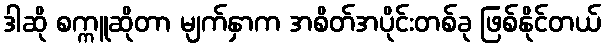
ဒါဆို စက္ကူဆိုတာ မျက်နှာက အစိတ်အပိုင်းတစ်ခု ဖြစ်နိုင်တယ်